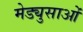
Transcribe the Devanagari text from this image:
मेड्युसाओं